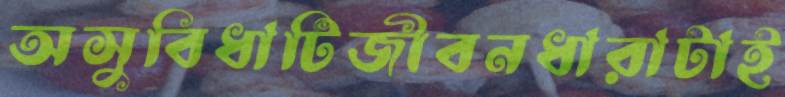
অসুবিধাটিজীবনধারাটাই